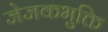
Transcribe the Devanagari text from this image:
जेजकभुक्ति